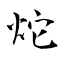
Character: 炨